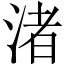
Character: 渚